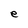
Character: e